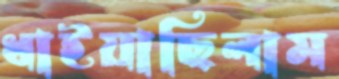
ধাইয়াছিলাম